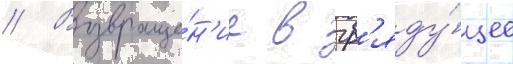
// Возвраще́н'ие в гр'яду́щее